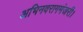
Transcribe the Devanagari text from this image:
अभिनवरागमंजरी।